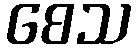
စေသ